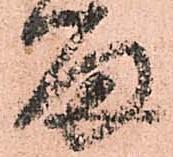
留